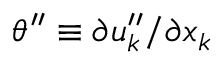
{ \theta } ^ { \prime \prime } \equiv \partial { u } _ { k } ^ { \prime \prime } / \partial x _ { k }